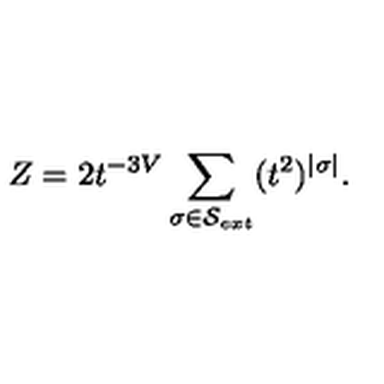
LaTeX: Z = 2 t ^ { - 3 V } \sum _ { \sigma \in { \cal S } _ { e x t } } ( t ^ { 2 } ) ^ { | \sigma | } .